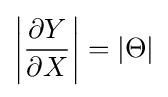
\left|{\frac {\partial Y}{\partial X}}\right|=\left|\Theta \right|